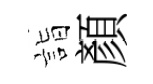
詣顏